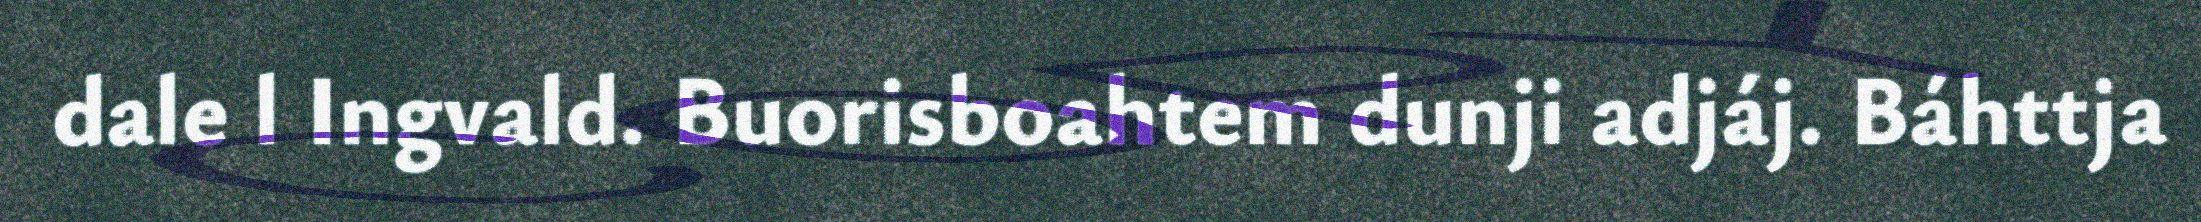
dale l Ingvald. Buorisboahtem dunji adjáj. Báhttja